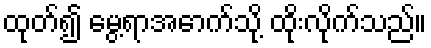
ထုတ်၍ မွေ့ရာအောက်သို့ ထိုးလိုက်သည်။